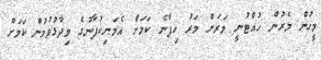
މީހުން މެރުން ހުއްޓުނީ މަރަށް މަރު ހިފާނެ ކަމަށް އެމަނިކުފާނުގެ ވިދާޅުވުމުން ކަމަށް